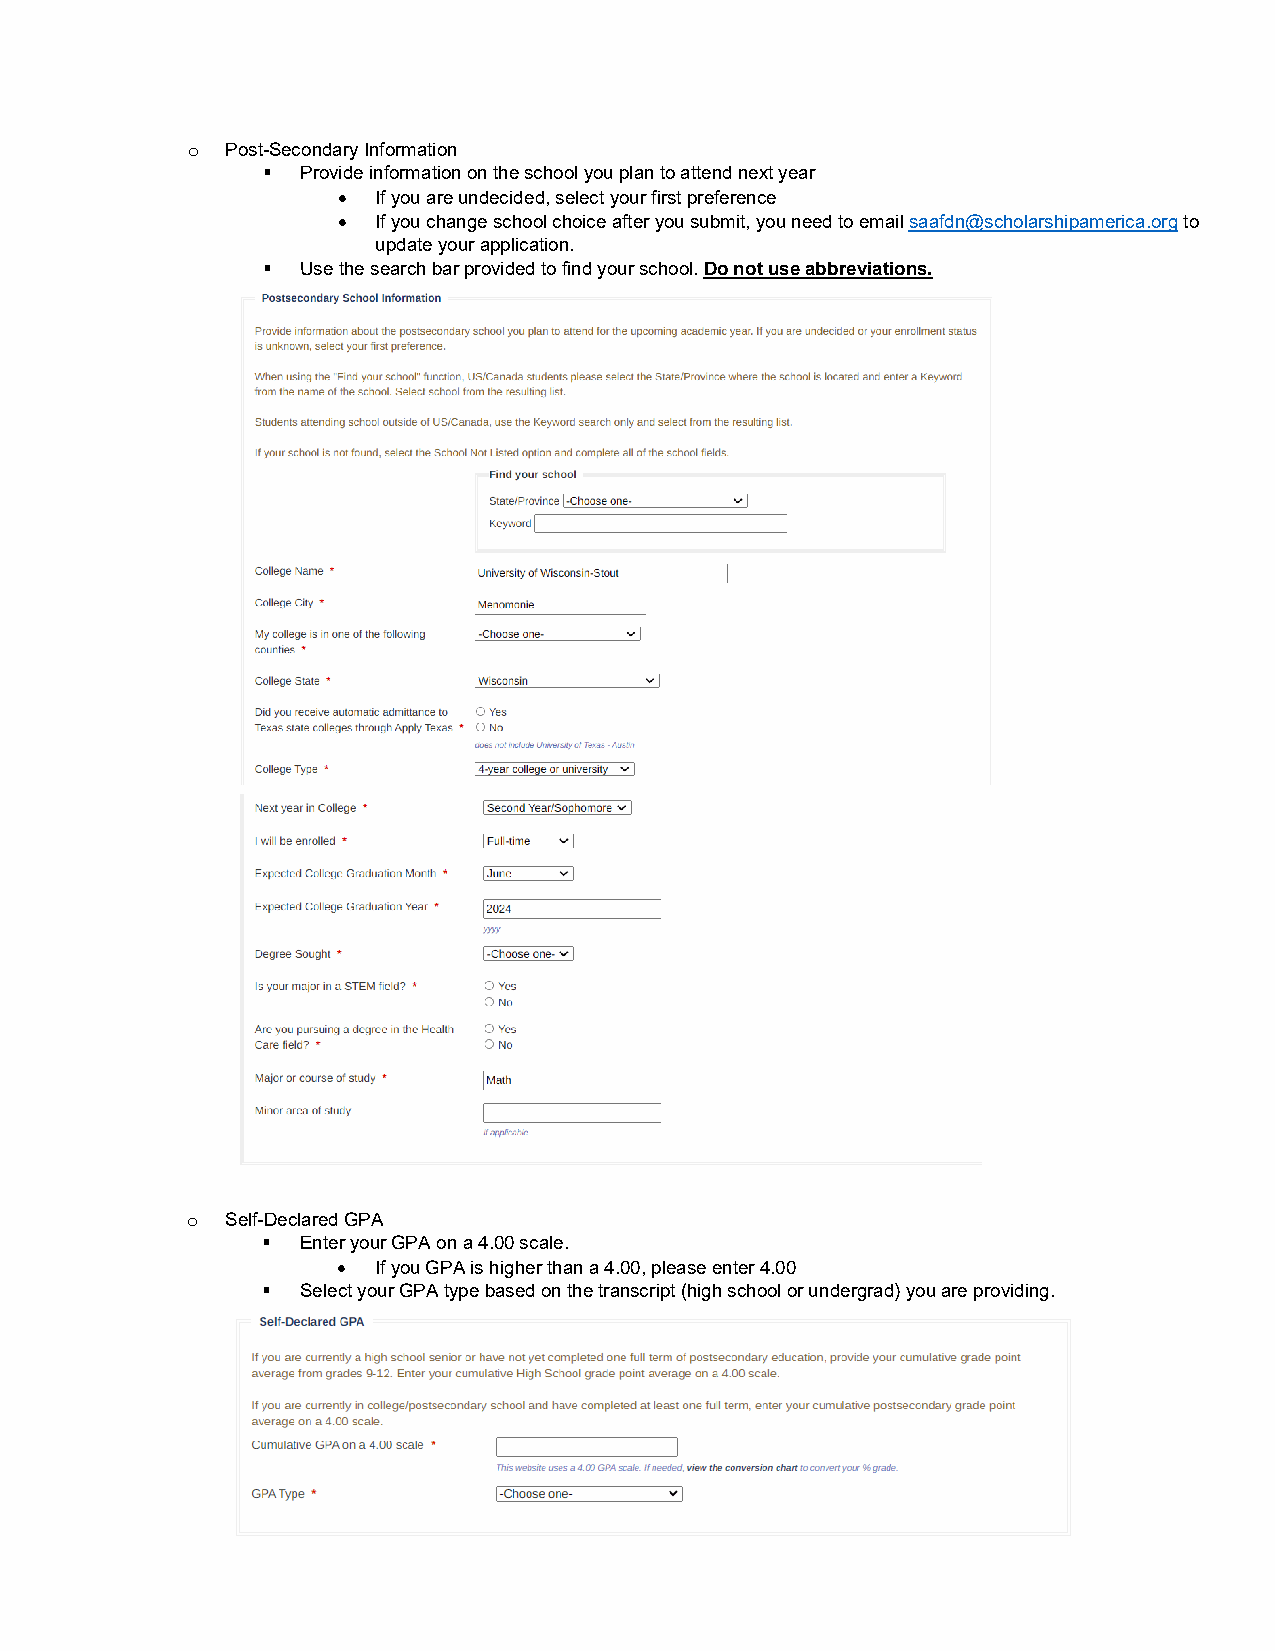
Post-Secondary Information
 o
   Provide information on the school you plan to attend next year
 •  If you are undecided, select your first preference
 •  If you change school choice after you submit, you need to email saafdn@scholarshipamerica.org to
 update your application.
   Use the search bar provided to find your school. Do not use abbreviations.
 Self-Declared GPA
 o
   Enter your GPA on a 4.00 scale.
 •  If you GPA is higher than a 4.00, please enter 4.00
   Select your GPA type based on the transcript (high school or undergrad) you are providing.